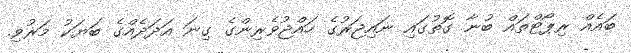
ބައެއް ރިޕޯޓްތައް ބުނާ ގޮތުގައި ނައިޖަރުގެ ހައްޖުވެރިންގެ ގިނަ އަދަދެއްގެ ބަޔަކު މަރުވި.